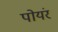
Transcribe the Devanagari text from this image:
पोयंर